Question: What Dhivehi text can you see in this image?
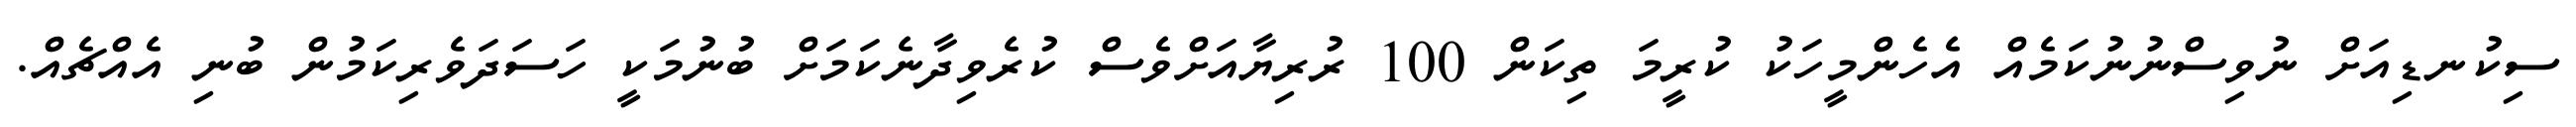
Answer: ސިކުނޑިއަށް ނުވިސްނުނުކަމެއް އެހެންމީހަކު ކުރީމަ ތިކަން 100 ރުރިޔާއަށްވެސް ކުރެވިދާނެކަމަށް ބުނުމަކީ ހަސަދަވެރިކަމުން ބުނި އެއްޗެއް.